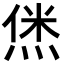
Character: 𬊞